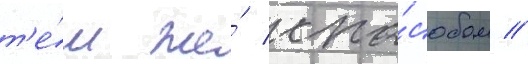
т'е́м же́ спо́собом //